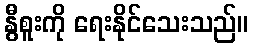
နွီစူးကို ရေးနိုင်သေးသည်။